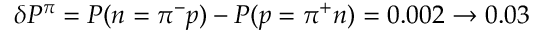
\delta P ^ { \pi } = P ( n = \pi ^ { - } p ) - P ( p = \pi ^ { + } n ) = 0 . 0 0 2 \to 0 . 0 3